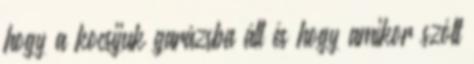
hogy a kocsijuk garázsba áll és hogy amikor szólt